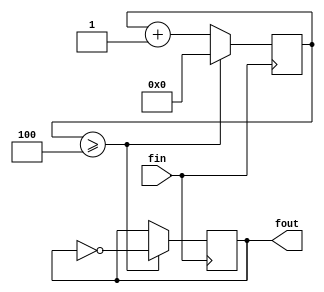
module clk 
		#( 
			parameter [31:0] limite = 5
					
			) 
			
			(fin, fout);
	input fin;
	output reg fout=1;
	reg[31:0] cuenta1=0;

	
	always @(posedge fin)
		begin
			
			if (cuenta1>=limite-1)
				begin
					fout = ~fout;
					cuenta1=0;
				end
			else
				begin
				 cuenta1=cuenta1+1;
				
				end
				
		end
		
endmodule